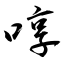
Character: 啍